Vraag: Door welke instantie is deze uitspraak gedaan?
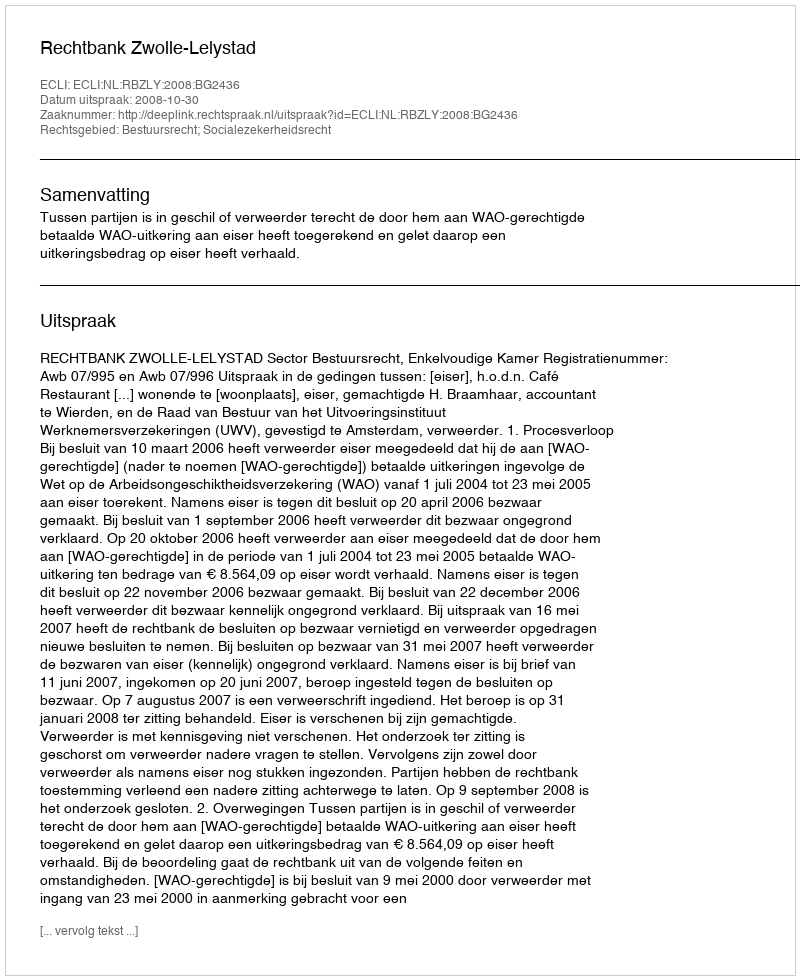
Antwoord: Rechtbank Zwolle-Lelystad